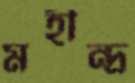
মহীন্দ্র